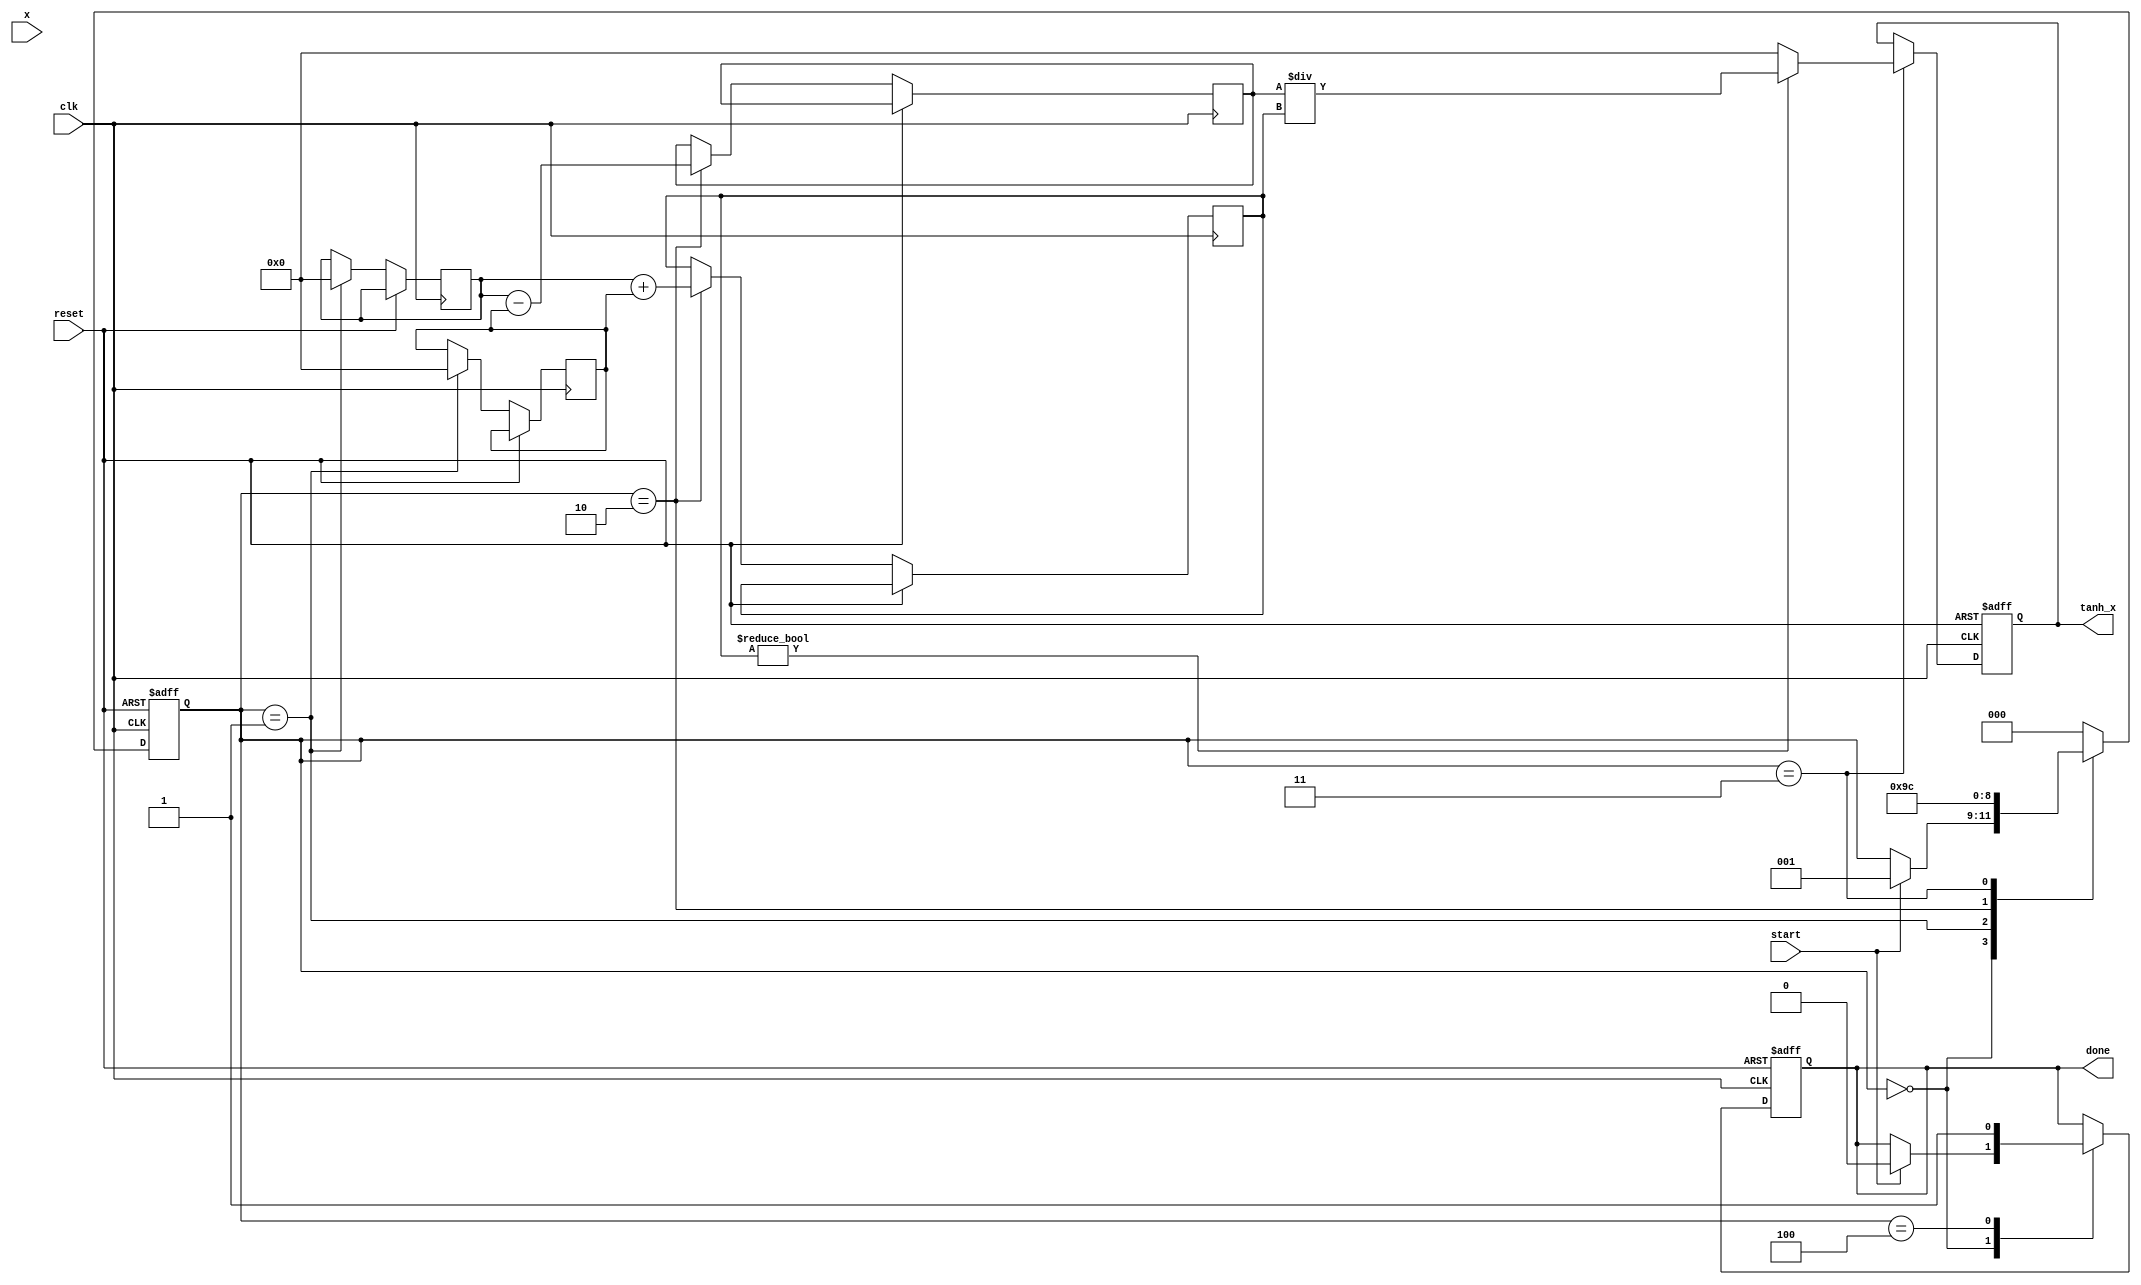
module hyperbolic_tanh (
    input wire clk,
    input wire reset,
    input wire start,
    input wire [15:0] x,  // Input: 16-bit signed fixed-point
    output reg [15:0] tanh_x, // Output: 16-bit signed fixed-point
    output reg done // Output status signal
);

    reg [15:0] exp_x;
    reg [15:0] exp_neg_x;
    reg [15:0] numerator;
    reg [15:0] denominator;
    reg [2:0] state; // State for FSM

    localparam IDLE = 3'b000,
               CALC_EXP = 3'b001,
               CALC_NUM_DEN = 3'b010,
               DIVIDE = 3'b011,
               DONE = 3'b100;

    // Simple exponentiation approximation
    function [15:0] approx_exponential(input [15:0] input_val);
        begin
            approx_exponential = 16'b0; // Placeholder for exponentiation logic
            // Implement a numerical or polynomial approximation of e^x here.
            // For instance, use a Taylor series or a lookup table.
        end
    endfunction

    always @(posedge clk or posedge reset) begin
        if (reset) begin
            state <= IDLE;
            tanh_x <= 16'b0;
            done <= 1'b0;
        end else begin
            case (state)
                IDLE: begin
                    if (start) begin
                        state <= CALC_EXP;
                        done <= 1'b0;
                    end
                end
                
                CALC_EXP: begin
                    exp_x <= approx_exponential(x);
                    exp_neg_x <= approx_exponential(-x);
                    state <= CALC_NUM_DEN;
                end
                
                CALC_NUM_DEN: begin
                    numerator <= exp_x - exp_neg_x;     // e^x - e^(-x)
                    denominator <= exp_x + exp_neg_x;   // e^x + e^(-x)
                    state <= DIVIDE;
                end
                
                DIVIDE: begin
                    if (denominator != 0) begin
                        tanh_x <= numerator / denominator; // Perform division
                    end else begin
                        tanh_x <= 16'b0; // Handle division by zero
                    end
                    state <= DONE;
                end
                
                DONE: begin
                    done <= 1'b1; // Operation complete
                    state <= IDLE; // Return to IDLE
                end
                
                default: state <= IDLE; // Reset on unknown state
            endcase
        end
    end
endmodule